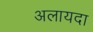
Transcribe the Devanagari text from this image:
अलायदा